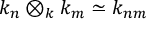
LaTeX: k _ { n } \otimes _ { k } k _ { m } \simeq k _ { n m }